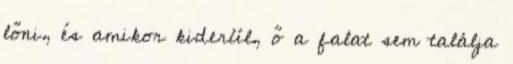
lőni, és amikor kiderül, ő a falat sem találja